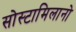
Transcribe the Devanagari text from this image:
सोस्टामिलानो